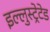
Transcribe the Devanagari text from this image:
इल्लुस्ट्रेटेड